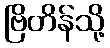
ဗြိတိန်သို့